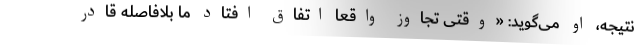
نتیجه، او می‌گوید: «وقتی تجاوز واقعا اتفاق افتاد ما بلافاصله قادر